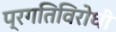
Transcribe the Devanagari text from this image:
प्रगतिविरोधी